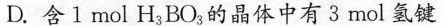
D.含1mol H_{3}BO_{3}的晶体中有3mol氢键